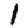
Digit: 1